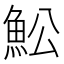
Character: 䰸